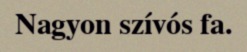
Nagyon szívós fa.